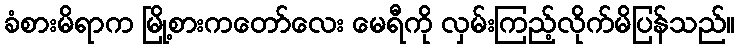
ခံစားမိရာက မြို့စားကတော်လေး မေရီကို လှမ်းကြည့်လိုက်မိပြန်သည်။